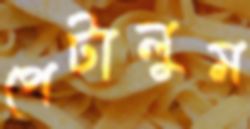
পেটালুম